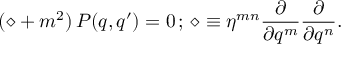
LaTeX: ( \diamond + m ^ { 2 } ) \, P ( q , q ^ { \prime } ) = 0 \, ; \, \diamond \equiv \eta ^ { m n } \frac { \partial } { \partial q ^ { m } } \frac { \partial } { \partial q ^ { n } } .